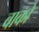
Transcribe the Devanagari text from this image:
वाको